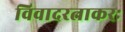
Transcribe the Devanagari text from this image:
विवादरत्नाकरः